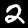
Digit: 2